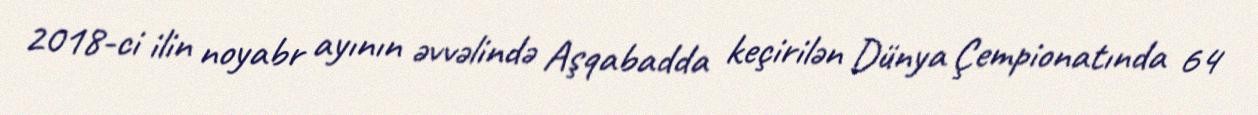
2018-ci ilin noyabr ayının əvvəlində Aşqabadda keçirilən Dünya Çempionatında 64